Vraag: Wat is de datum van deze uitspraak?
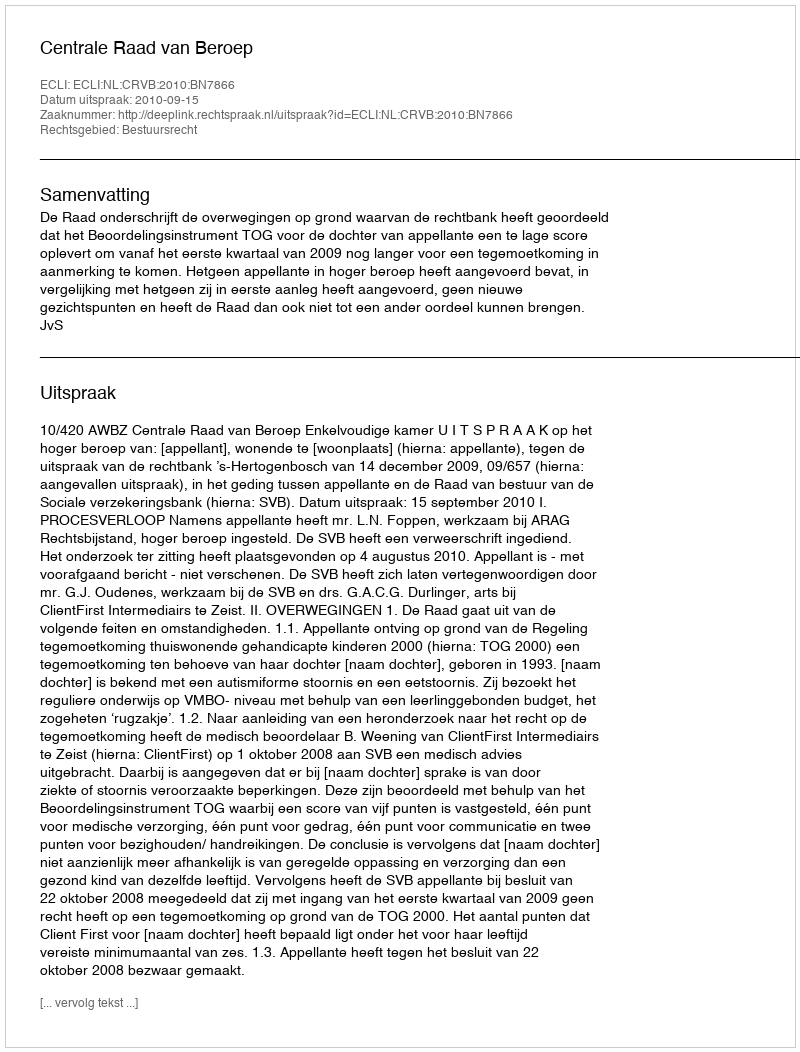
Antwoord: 2010-09-15